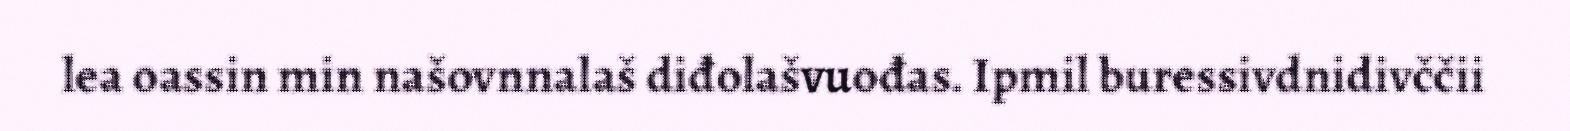
lea oassin min našovnnalaš diđolašvuođas. Ipmil buressivdnidivččii